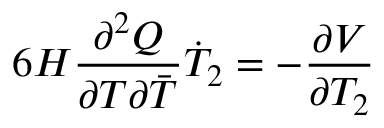
6 H \frac { \partial ^ { 2 } Q } { \partial T \partial { \bar { T } } } \dot { T } _ { 2 } = - \frac { \partial V } { \partial T _ { 2 } }